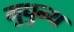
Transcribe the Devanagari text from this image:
मुधुन्थ